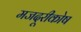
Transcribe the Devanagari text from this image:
मजदूरीकोष